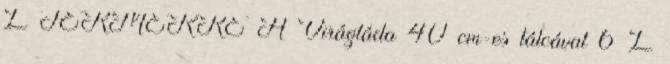
L TERMÉKRE A Virágláda 40 cm-es tálcával 6 L